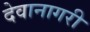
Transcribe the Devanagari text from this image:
देवानागरी